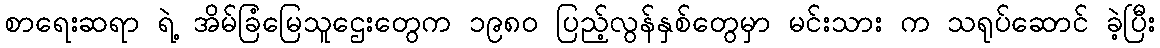
စာရေးဆရာ ရဲ့ အိမ်ခြံမြေသူဌေးတွေက ၁၉၈၀ ပြည့်လွန်နှစ်တွေမှာ မင်းသား က သရုပ်ဆောင် ခဲ့ပြီး